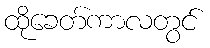
ထိုခေတ်ကာလတွင်